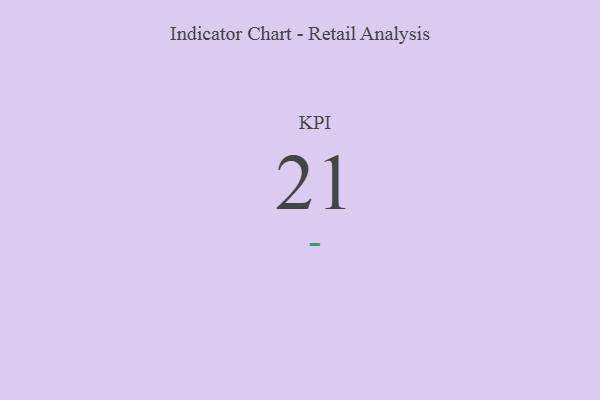
{"axis": {"x": "KPI", "y": "Value"}, "legend": [""], "data": [{"x": "KPI", "y": 21, "type": ""}]}